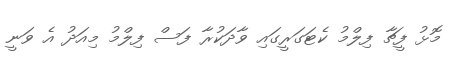
މޮޅު ފީޗާ ފިލްމު ކެޓަގަރީގައި ވާދަކުރާ ފަސް ފިލްމު މިއަދު އެ ވަނީ